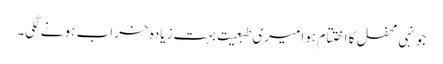
جونہی محفل کا اختتام ہوا میری طبعیت بہت زیادہ خراب ہونے لگی۔